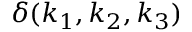
\delta ( k _ { 1 } , k _ { 2 } , k _ { 3 } )